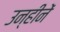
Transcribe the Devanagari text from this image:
उन्हीनें